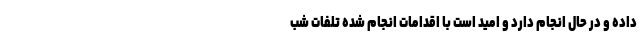
داده و در حال انجام دارد و امید است با اقدامات انجام شده تلفات شب